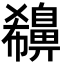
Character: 𪖪